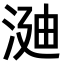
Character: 𣶻